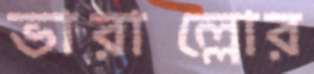
ভারাল্লোর